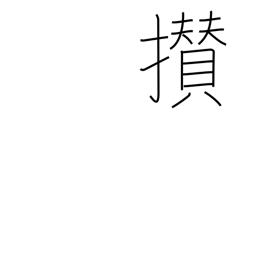
Meaning: come together